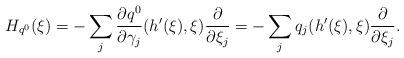
LaTeX: \begin{align*} H_{q^{0}}(\xi) = - \sum_{j}\frac{\partial q^{0}}{\partial \gamma_j}(h'(\xi),\xi)\frac{\partial }{\partial \xi_j} = -\sum_{j} q_{j}(h'(\xi),\xi)\frac{\partial }{\partial \xi_j}. \end{align*}